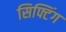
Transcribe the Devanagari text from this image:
सिफ्टिंग